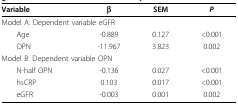
<table><thead><tr><td><b>Variable</b></td><td><b>β</b></td><td><b>SEM</b></td><td><b><i>P</i></b></td></tr></thead><tbody><tr><td colspan="4">Model A: Dependent variable eGFR</td></tr><tr><td> Age</td><td>-0.889</td><td>0.127</td><td>&lt; 0.001</td></tr><tr><td> OPN</td><td>-11.967</td><td>3.823</td><td>0.002</td></tr><tr><td colspan="4">Model B: Dependent variable OPN</td></tr><tr><td> N-half OPN</td><td>-0.136</td><td>0.027</td><td>&lt; 0.001</td></tr><tr><td> hsCRP</td><td>0.103</td><td>0.017</td><td>&lt; 0.001</td></tr><tr><td> eGFR</td><td>-0.003</td><td>0.001</td><td>0.002</td></tr></tbody></table>